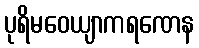
ပုရိမဝေယျာကရဏေန